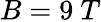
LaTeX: B=9~T